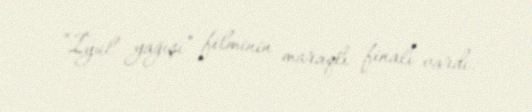
“İyul yağışı” filminin maraqlı finalı vardı.